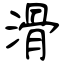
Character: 滑